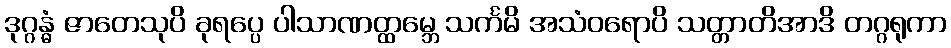
ဒုဂ္ဂန္ဓံ ဇာတေသုပိ ခုရပ္ပေ ပါသာဏတ္ထမ္ဘေ သင်္ကမိ အသံဝရောပိ သတ္တာတိအာဒိ တဂ္ဂရုကာ